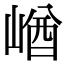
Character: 崷